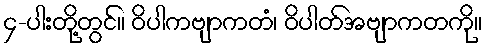
၄-ပါးတို့တွင်။ ဝိပါကဗျာကတံ၊ ဝိပါတ်အဗျာကတကို။